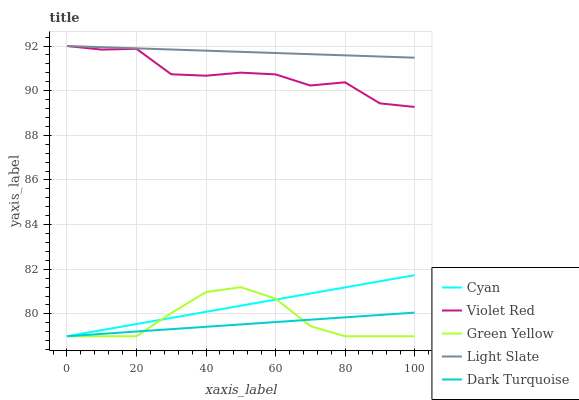
| xaxis_label | Cyan | Violet Red | Green Yellow | Light Slate | Dark Turquoise |
 | --- | --- | --- | --- | --- | --- |
 | 0 | 79 | 92 | 79 | 92 | 79 |
 | 10 | 79.3 | 91.8 | 79 | 91.9 | 79.1 |
 | 20 | 79.5 | 91.9 | 79 | 91.9 | 79.2 |
 | 30 | 79.8 | 90.7 | 80 | 91.8 | 79.3 |
 | 40 | 80.1 | 90.7 | 81 | 91.8 | 79.4 |
 | 50 | 80.4 | 90.8 | 81.2 | 91.7 | 79.5 |
 | 60 | 80.6 | 90.7 | 80.7 | 91.7 | 79.6 |
 | 70 | 80.9 | 90.2 | 79.5 | 91.6 | 79.7 |
 | 80 | 81.2 | 90.4 | 79 | 91.6 | 79.8 |
 | 90 | 81.5 | 89.4 | 79 | 91.5 | 80 |
 | 100 | 81.7 | 89.3 | 79 | 91.5 | 80.1 |